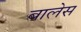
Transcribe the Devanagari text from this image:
बालेस